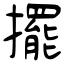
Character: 擺